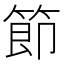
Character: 節